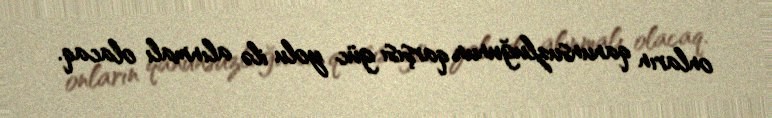
onların qanunsuzluğunun qarşısı güc yolu ilə alınmalı olacaq.